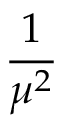
\displaystyle \frac { 1 } { \mu ^ { 2 } }